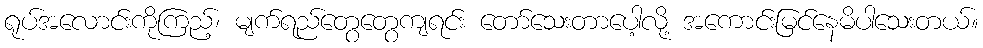
ရုပ်အလောင်းကိုကြည့်၊ မျက်ရည်တွေတွေကျရင်း တော်သေးတာပေါ့လို့ အကောင်းမြင်နေမိပါသေးတယ်။